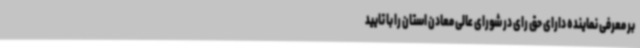
بر معرفی نماینده دارای حق رای در شورای عالی معادن استان را با تایید